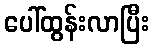
ပေါ်ထွန်းလာပြီး